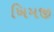
ખિમજી